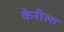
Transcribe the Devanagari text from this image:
केरीला